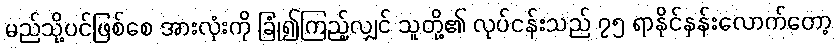
မည်သို့ပင်ဖြစ်စေ အားလုံးကို ခြုံ၍ကြည့်လျှင် သူတို့၏ လုပ်ငန်းသည် ၇၅ ရာနိုင်နှန်းလောက်တော့